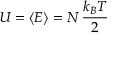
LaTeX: U = \langle E \rangle = N \, { \frac { k _ { B } T } { 2 } }